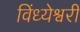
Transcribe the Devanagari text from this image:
विंध्येश्वरी